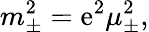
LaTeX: m_{\pm}^{2}=\mathrm{e}^{2}\mu_{\pm}^{2},